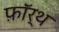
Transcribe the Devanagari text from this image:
फ़ाॅर्थ